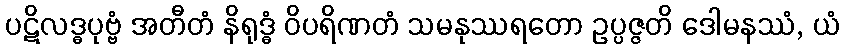
ပဋိလဒ္ဓပုဗ္ဗံ အတီတံ နိရုဒ္ဓံ ဝိပရိဏတံ သမနုဿရတော ဥပ္ပဇ္ဇတိ ဒေါမနဿံ, ယံ